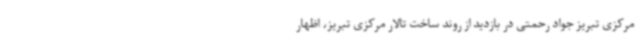
مرکزی تبریز جواد رحمتی در بازدید از روند ساخت تالار مرکزی تبریز، اظهار